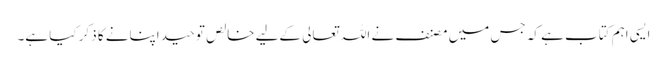
ایسی اہم کتاب ہے کہ جس میں مصنف نے اللہ تعالی کےلیے خالص توحید اپنانے کا ذکر کیا ہے۔